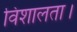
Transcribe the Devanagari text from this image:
विशालता।